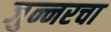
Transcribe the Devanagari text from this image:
जुन्नरचा